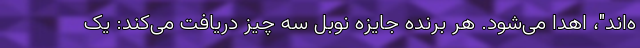
ه‌اند"، اهدا می‌شود. هر برنده جایزه نوبل سه چیز دریافت می‌کند: یک